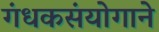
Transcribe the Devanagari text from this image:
गंधकसंयोगाने